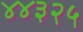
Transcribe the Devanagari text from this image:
४४३२५